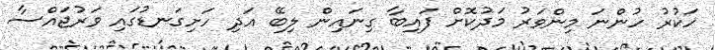
ހަކުރު ހުންނަ މިންވަރު މަދުކޮށް ފައިބާ ގިނައިން ލިބޭ އަދި ހަށިގަނޑުގައި ވަރުޖައްސާ